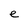
Character: e